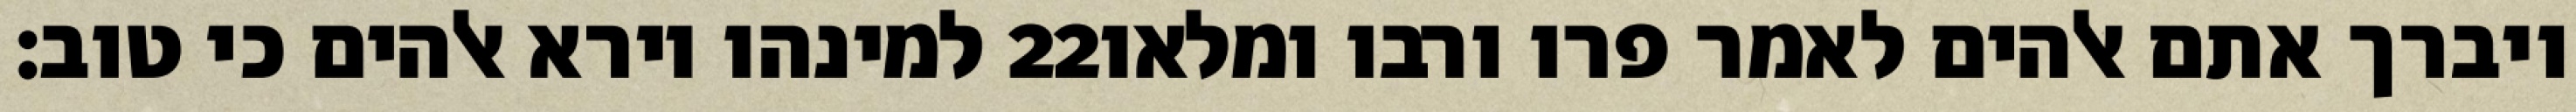
למינהו וירא אלהים כי טוב׃ ‎22‏ ויברך אתם אלהים לאמר פרו ורבו ומלאו